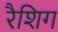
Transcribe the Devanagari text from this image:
रैशिग